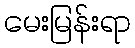
မေးမြန်းရာ